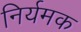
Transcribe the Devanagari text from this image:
निर्यमक